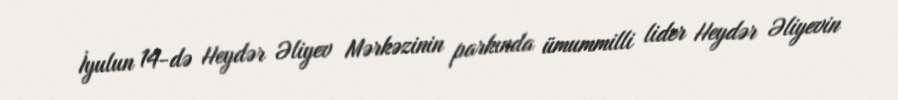
İyulun 14-də Heydər Əliyev Mərkəzinin parkında ümummilli lider Heydər Əliyevin